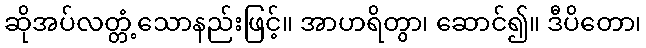
ဆိုအပ်လတ္တံ့သောနည်းဖြင့်။ အာဟရိတွာ၊ ဆောင်၍။ ဒီပိတော၊